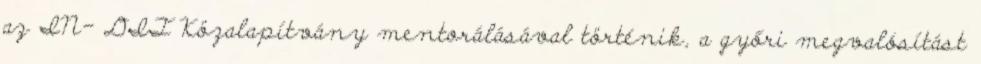
az IN- DIT Közalapítvány mentorálásával történik, a győri megvalósítást